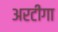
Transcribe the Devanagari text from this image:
अरटीगा